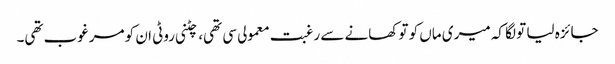
جائزہ لیا تو لگا کہ میری ماں کو تو کھانے سے رغبت معمولی سی تھی، چٹنی روٹی ان کو مرغوب تھی۔